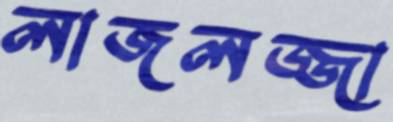
লাজলজ্জা